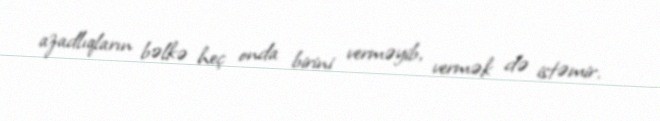
azadlıqların bəlkə heç onda birini verməyib, vermək də istəmir.